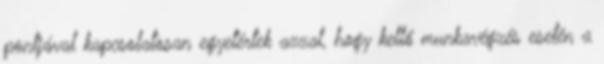
pontjával kapcsolatosan egyetértek azzal, hogy kellő munkavégzés esetén a